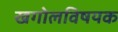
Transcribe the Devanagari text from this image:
खगोलविषयक